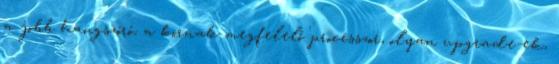
a jobb hangszóró, a kornak megfelelő processzor, olyan upgrade-ek,